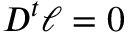
D ^ { t } \ell = 0